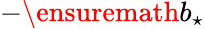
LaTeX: -\ensuremath{b_{\star}}